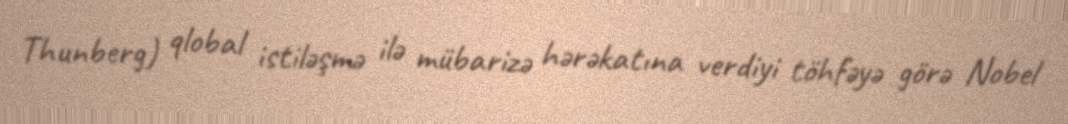
Thunberg) qlobal istiləşmə ilə mübarizə hərəkatına verdiyi töhfəyə görə Nobel